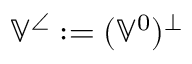
\mathbb { V } ^ { \angle } : = ( \mathbb { V } ^ { 0 } ) ^ { \perp }